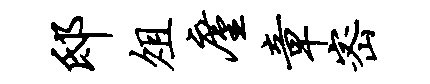
邸俎廑章密